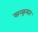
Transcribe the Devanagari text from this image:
सन्क्रमन